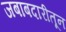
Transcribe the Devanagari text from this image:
जबाबदारीतून